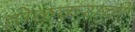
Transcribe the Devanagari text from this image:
होळकराची